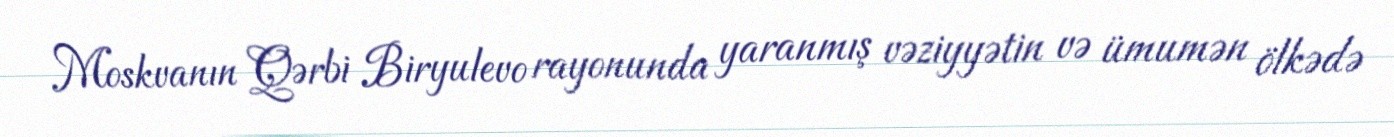
Moskvanın Qərbi Biryulevo rayonunda yaranmış vəziyyətin və ümumən ölkədə